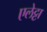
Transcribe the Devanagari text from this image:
एलेट्टा